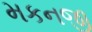
મકનજી